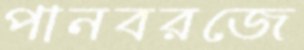
পানবরজে